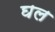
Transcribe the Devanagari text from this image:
घल